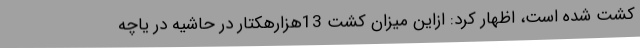
کشت شده است، اظهار کرد: ازاین میزان کشت 13هزارهکتار در حاشیه در یاچه